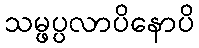
သမ္ဖပ္ပလာပိနောပိ